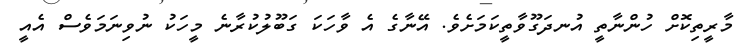
މާރީތިކޮށް ހުންނާތީ އުނދަގޫވާތީކަމަށެވެ. އޭނާގެ އެ ވާހަކަ ގަބޫލުކުރާނެ މީހަކު ނުވިނަމަވެސް އެއީ